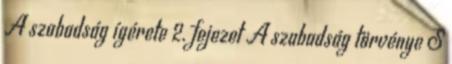
A szabadság ígérete 2. fejezet A szabadság törvénye S